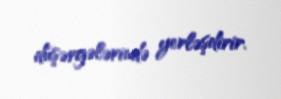
düşərgələrində yerləşdirir.